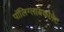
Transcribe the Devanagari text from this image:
पॉलिग्लायकोनेट